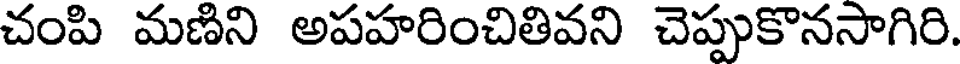
చంపి మణిని అపహరించితివని చెప్పుకొనసాగిరి.